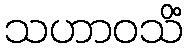
သဟာဝသိံ